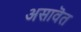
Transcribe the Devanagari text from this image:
असावॆत